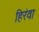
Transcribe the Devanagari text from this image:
हिरंवा